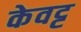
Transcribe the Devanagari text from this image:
केवट्ट